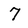
Character: 7